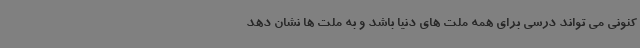
کنونی می تواند درسی برای همه ملت های دنیا باشد و به ملت ها نشان دهد